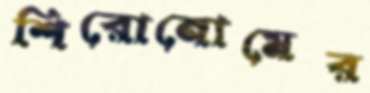
শিরোনোমের